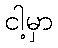
ငါ့မှာ